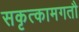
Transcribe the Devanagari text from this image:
सकृत्कामगतौ